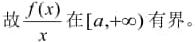
故$\frac{f(x)}{x}$在$[a,+\infty)$有界。